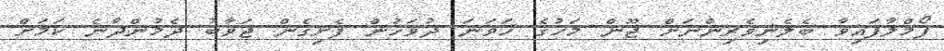
ފޯމްލާފައިވާ ބެލެނިވެރިންނަށް ޖޫން މަހުގެ ހަވަނަ ދުވަހުން ފެށިގެން ޖަވާބު ދެމުންދާނެ ކަމަށް